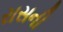
રાસની